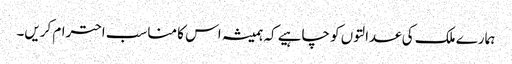
ہمارے ملک کی عدالتوں کو چاہیے کہ ہمیشہ اس کا مناسب احترام کریں۔